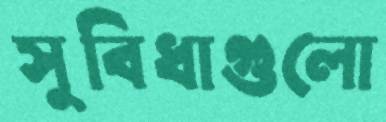
সুবিধাগুলো